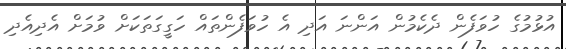
އުޅުމުގެ ހުވަފެން ދެކެމުން އަންނަ އަދި އެ ހުވަފެންތައް ހަގީގަތަކަށް ވުމަށް އެދިއެދި